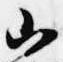
山